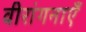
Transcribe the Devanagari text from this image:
वीरांगनाएँ